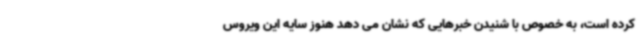
کرده است، به خصوص با شنیدن خبرهایی که نشان می دهد هنوز سایه این ویروس